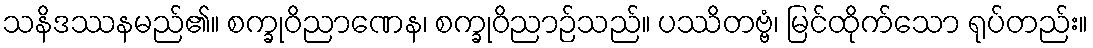
သနိဒဿနမည်၏။ စက္ခုဝိညာဏေန၊ စက္ခုဝိညာဉ်သည်။ ပဿိတဗ္ဗံ၊ မြင်ထိုက်သော ရုပ်တည်း။